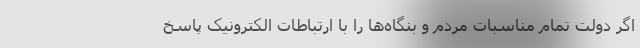
اگر دولت تمام مناسبات مردم و بنگاه‌ها را با ارتباطات الکترونیک پاسخ